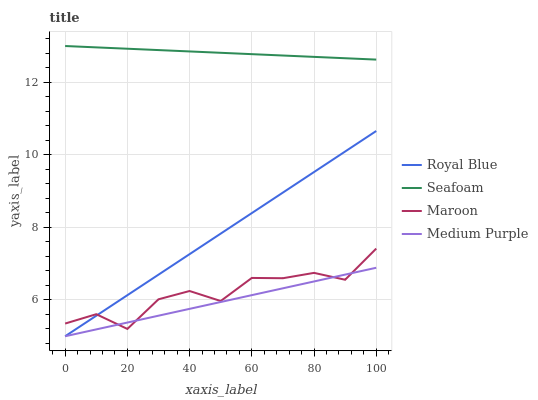
| xaxis_label | Royal Blue | Seafoam | Maroon | Medium Purple |
 | --- | --- | --- | --- | --- |
 | 0 | 5 | 13 | 5.35 | 5 |
 | 10 | 5.57 | 13 | 5.61 | 5.19 |
 | 20 | 6.13 | 12.9 | 5.2 | 5.38 |
 | 30 | 6.7 | 12.9 | 6.02 | 5.57 |
 | 40 | 7.26 | 12.9 | 6.25 | 5.76 |
 | 50 | 7.83 | 12.8 | 5.97 | 5.94 |
 | 60 | 8.39 | 12.8 | 6.61 | 6.13 |
 | 70 | 8.96 | 12.7 | 6.6 | 6.32 |
 | 80 | 9.53 | 12.7 | 6.75 | 6.51 |
 | 90 | 10.1 | 12.7 | 6.56 | 6.7 |
 | 100 | 10.7 | 12.6 | 7.42 | 6.89 |